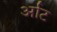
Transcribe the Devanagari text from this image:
र्आट